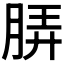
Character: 𬚼